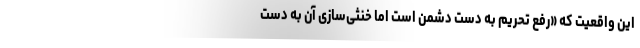
این واقعیت که «رفع تحریم به دست دشمن است اما خنثی‌سازی آن به دست